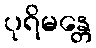
ပုရိမန္တေ